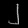
Digit: ၂